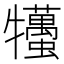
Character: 𤜒